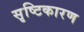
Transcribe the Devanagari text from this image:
सृष्टिकारण